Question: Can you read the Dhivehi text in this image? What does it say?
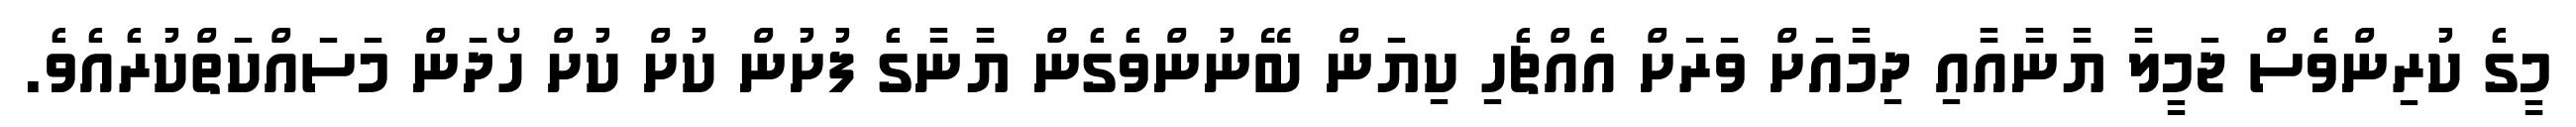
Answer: މީގެ ކުރިންވެސް ޖަމީލާ ޔާނާއާއި ދިމާއަށް ވަރަށް އެއްޗެހި ކިޔަން ބޭނުންވެގެން ޔާނާގެ ފުށުން ކުށް ކުށް ހޯދަން މަސައްކަތްކުރެއެވެ.